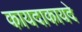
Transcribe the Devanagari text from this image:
कायदाकायदे